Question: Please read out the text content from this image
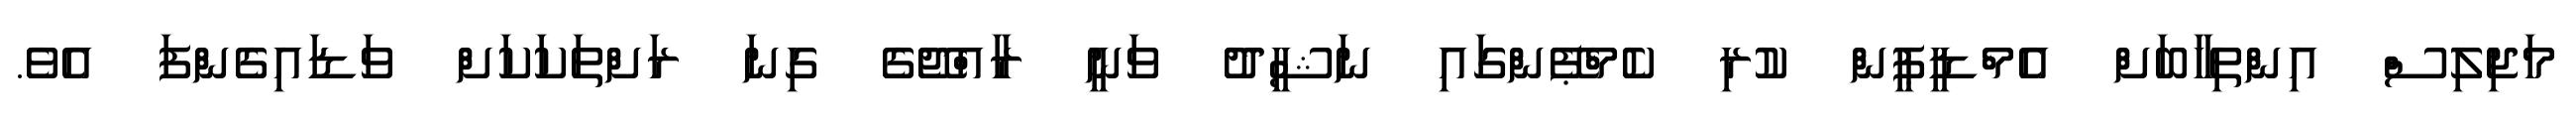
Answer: މަޖިލިސް އިންތިހާބަށް އެމްޑީޕީން ކުރި ކެމްޕޭންގައި ނަޝީދު ވަނީ ރާއްޖޭގެ ގިނަ ރަށްތަކަކަށް ވަޑައިގެންފަ އެވެ.